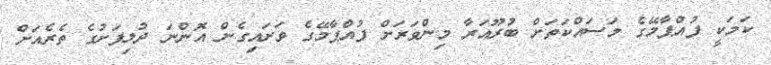
ކަމަކީ ފުއްޕާމޭގެ މަސައްކަތަށް ބުރޫއަރާ މިންވަރަށް ފުއްޕާމޭގެ ވަށައިގެން އޮންނަ ދުލިފަށުގެ ތެރެއަށް